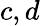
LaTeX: c,d